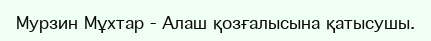
Мурзин Мұхтар - Алаш қозғалысына қатысушы.